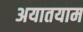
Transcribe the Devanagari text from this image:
अयातयाम